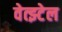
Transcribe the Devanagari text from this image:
वेत्झ्टेल